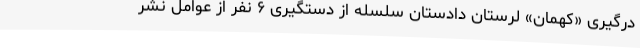
درگیری «کهمان» لرستان دادستان سلسله از دستگیری ۶ نفر از عوامل نشر